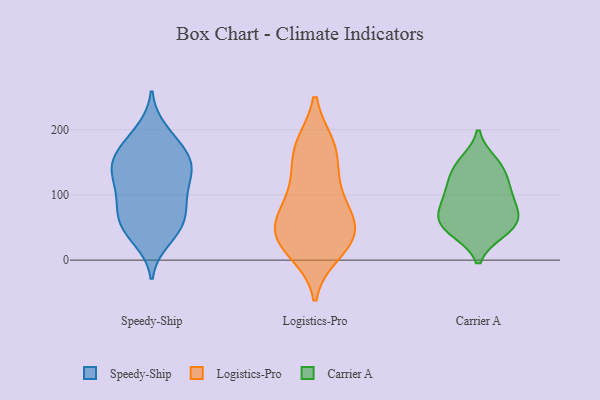
{"axis": {"x": "Latency (ms)", "y": "Value"}, "legend": ["Carrier A", "Logistics-Pro", "Speedy-Ship"], "data": [{"x": "", "y": 61, "type": "Speedy-Ship"}, {"x": "", "y": 40, "type": "Speedy-Ship"}, {"x": "", "y": 131, "type": "Speedy-Ship"}, {"x": "", "y": 31, "type": "Speedy-Ship"}, {"x": "", "y": 188, "type": "Speedy-Ship"}, {"x": "", "y": 199, "type": "Speedy-Ship"}, {"x": "", "y": 102, "type": "Speedy-Ship"}, {"x": "", "y": 74, "type": "Speedy-Ship"}, {"x": "", "y": 51, "type": "Speedy-Ship"}, {"x": "", "y": 150, "type": "Speedy-Ship"}, {"x": "", "y": 93, "type": "Speedy-Ship"}, {"x": "", "y": 174, "type": "Speedy-Ship"}, {"x": "", "y": 136, "type": "Speedy-Ship"}, {"x": "", "y": 165, "type": "Speedy-Ship"}, {"x": "", "y": 56, "type": "Speedy-Ship"}, {"x": "", "y": 111, "type": "Speedy-Ship"}, {"x": "", "y": 82, "type": "Speedy-Ship"}, {"x": "", "y": 151, "type": "Speedy-Ship"}, {"x": "", "y": 148, "type": "Speedy-Ship"}, {"x": "", "y": 135, "type": "Speedy-Ship"}, {"x": "", "y": 173, "type": "Logistics-Pro"}, {"x": "", "y": 12, "type": "Logistics-Pro"}, {"x": "", "y": 35, "type": "Logistics-Pro"}, {"x": "", "y": 176, "type": "Logistics-Pro"}, {"x": "", "y": 31, "type": "Logistics-Pro"}, {"x": "", "y": 63, "type": "Logistics-Pro"}, {"x": "", "y": 173, "type": "Logistics-Pro"}, {"x": "", "y": 20, "type": "Logistics-Pro"}, {"x": "", "y": 89, "type": "Logistics-Pro"}, {"x": "", "y": 69, "type": "Logistics-Pro"}, {"x": "", "y": 41, "type": "Logistics-Pro"}, {"x": "", "y": 130, "type": "Logistics-Pro"}, {"x": "", "y": 56, "type": "Logistics-Pro"}, {"x": "", "y": 117, "type": "Logistics-Pro"}, {"x": "", "y": 52, "type": "Carrier A"}, {"x": "", "y": 105, "type": "Carrier A"}, {"x": "", "y": 45, "type": "Carrier A"}, {"x": "", "y": 108, "type": "Carrier A"}, {"x": "", "y": 133, "type": "Carrier A"}, {"x": "", "y": 44, "type": "Carrier A"}, {"x": "", "y": 144, "type": "Carrier A"}, {"x": "", "y": 97, "type": "Carrier A"}, {"x": "", "y": 69, "type": "Carrier A"}, {"x": "", "y": 150, "type": "Carrier A"}, {"x": "", "y": 71, "type": "Carrier A"}, {"x": "", "y": 68, "type": "Carrier A"}]}